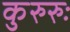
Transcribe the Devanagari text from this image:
कुरुरुः